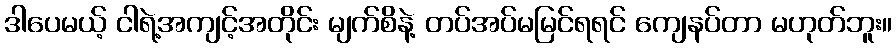
ဒါပေမယ့် ငါရဲ့အကျင့်အတိုင်း မျက်စိနဲ့ တပ်အပ်မမြင်ရရင် ကျေနပ်တာ မဟုတ်ဘူး။